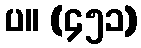
ပ။ (၄၅၁)